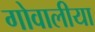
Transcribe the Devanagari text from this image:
गोवालीया